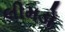
લીમડો